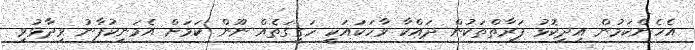
އެހެންކަމުން އިދިކޮޅު ފަރާތްތަކުން ދައްކާ ވާހަކައަކީ ހަގީގަތެއް ނޫން ކަމަށް އެމަނިކުފާނު ވިދާޅުވި